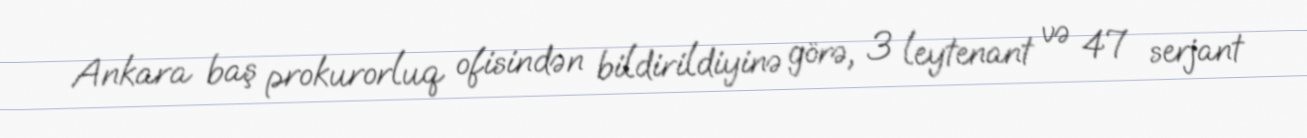
Ankara baş prokurorluq ofisindən bildirildiyinə görə, 3 leytenant və 47 serjant